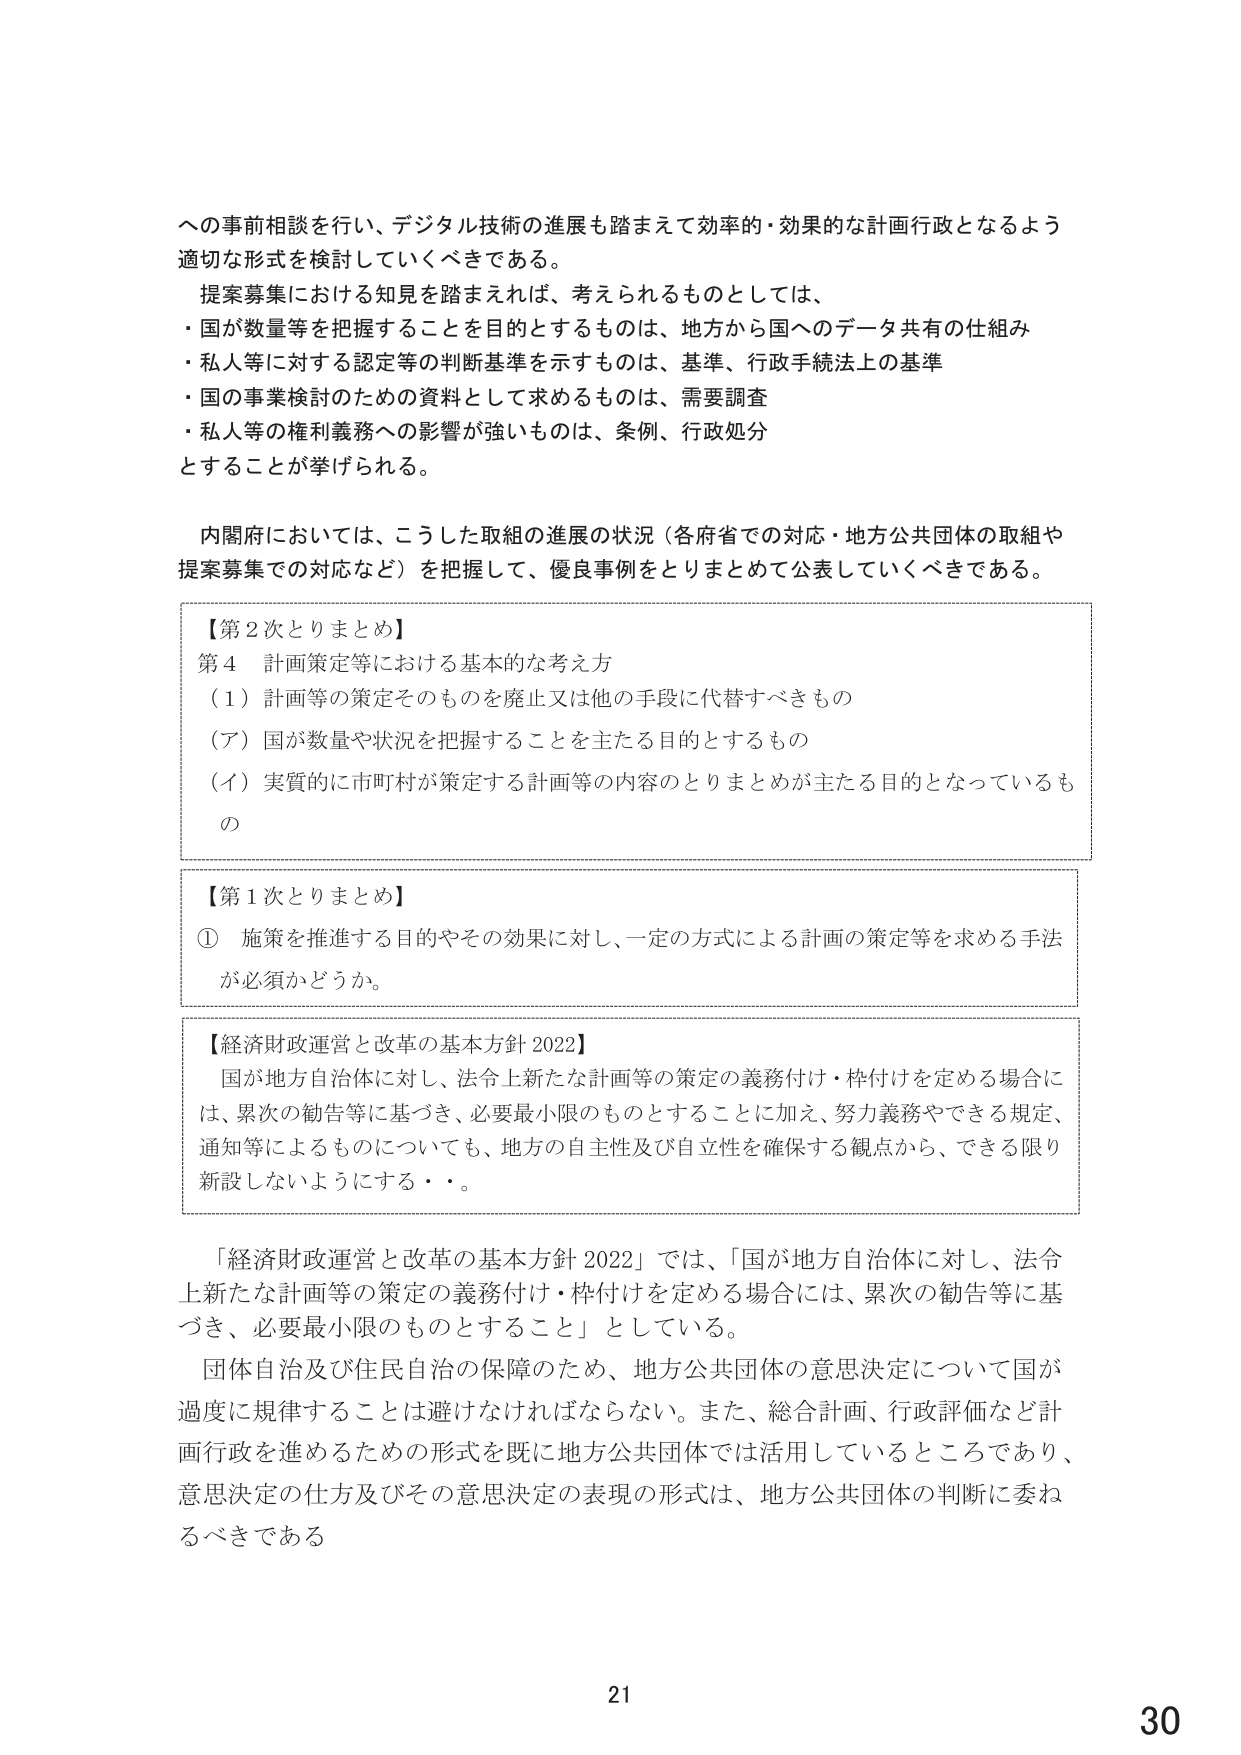
への事前相談を行い、デジタル技術の進展も踏まえて効率的・効果的な計画行政となるよう
適切な形式を検討していくべきである。
提案募集における知見を踏まえれば、考えられるものとしては、
・国が数量等を把握することを目的とするものは、地方から国へのデータ共有の仕組み
・私人等に対する認定等の判断基準を示すものは、基準、行政手続法上の基準
・国の事業検討のための資料として求めるものは、需要調査
・私人等の権利義務への影響が強いものは、条例、行政処分
とすることが挙げられる。

内閣府においては、こうした取組の進展の状況（各府省での対応・地方公共団体の取組や
提案募集での対応など）を把握して、優良事例をとりまとめて公表していくべきである。

【第2次とりまとめ】
第4 計画策定等における基本的な考え方
（1）計画等の策定そのものを廃止又は他の手段に代替すべきもの
（ア）国が数量や状況を把握することを主たる目的とするもの
（イ）実質的に市町村が策定する計画等の内容のとりまとめが主たる目的となっているも
の

【第1次とりまとめ】
① 施策を推進する目的やその効果に対し、一定の方式による計画の策定等を求める手法
が必須かどうか。

【経済財政運営と改革の基本方針 2022】
国が地方自治体に対し、法令上新たな計画等の策定の義務付け・枠付けを定める場合には、累次の勧告等に基づき、必要最小限のものとすることに加え、努力義務やできる規定、
通知等によるものについても、地方の自主性及び自立性を確保する観点から、できる限り
新設しないようにする・・・。

「経済財政運営と改革の基本方針 2022」では、「国が地方自治体に対し、法令
上新たな計画等の策定の義務付け・枠付けを定める場合には、累次の勧告等に基づき、必要最小限のものとすること」としている。
団体自治及び住民自治の保障のため、地方公共団体の意思決定について国が
過度に規律することは避けなければならない。また、総合計画、行政評価など計
画行政を進めるための形式を既に地方公共団体では活用しているところであり、
意思決定の仕方及びその意思決定の表現の形式は、地方公共団体の判断に委ね
るべきである

21
30